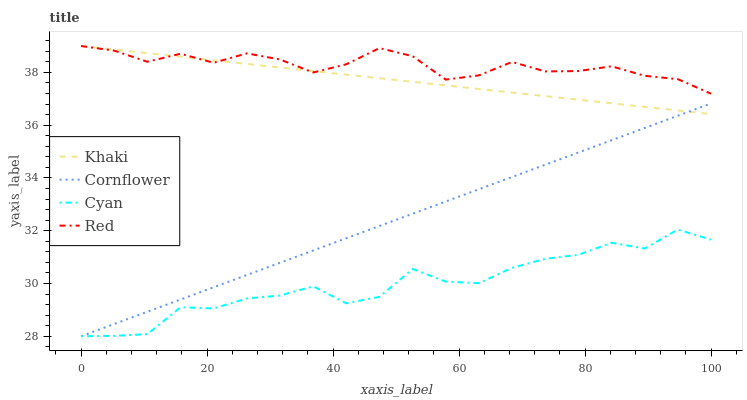
| xaxis_label | Khaki | Cornflower | Cyan | Red |
 | --- | --- | --- | --- | --- |
 | 0 | 39 | 28 | 28 | 39 |
 | 5.26 | 38.9 | 28.5 | 28 | 38.8 |
 | 10.5 | 38.7 | 28.9 | 28.1 | 38.4 |
 | 15.8 | 38.6 | 29.4 | 29.1 | 38.7 |
 | 21.1 | 38.5 | 29.9 | 29.1 | 38.4 |
 | 26.3 | 38.3 | 30.3 | 29.4 | 38.7 |
 | 31.6 | 38.2 | 30.8 | 29.5 | 38.5 |
 | 36.8 | 38.1 | 31.3 | 29.9 | 38 |
 | 42.1 | 37.9 | 31.7 | 29.2 | 38.3 |
 | 47.4 | 37.8 | 32.2 | 29.5 | 38.9 |
 | 52.6 | 37.6 | 32.6 | 30.5 | 38.6 |
 | 57.9 | 37.5 | 33.1 | 30.1 | 37.7 |
 | 63.2 | 37.4 | 33.6 | 30 | 37.9 |
 | 68.4 | 37.2 | 34 | 30.6 | 38.4 |
 | 73.7 | 37.1 | 34.5 | 30.9 | 38 |
 | 78.9 | 37 | 35 | 31.1 | 38.1 |
 | 84.2 | 36.8 | 35.4 | 31.5 | 38.2 |
 | 89.5 | 36.7 | 35.9 | 31.3 | 37.9 |
 | 94.7 | 36.6 | 36.4 | 32 | 37.7 |
 | 100 | 36.4 | 36.8 | 31.7 | 37.2 |